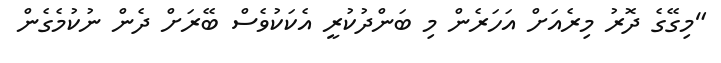
"މިގޭގެ ދޮރު މިރެއަށް އަހަރެން މި ބަންދުކުރީ އެކަކުވެސް ބޭރަށް ދެން ނުކުމެގެން